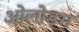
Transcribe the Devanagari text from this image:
ओलोडम